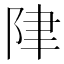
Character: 𲉏